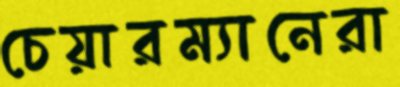
চেয়ারম্যানেরা